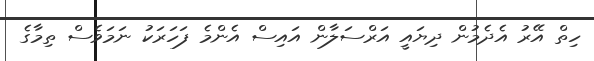
ހިތް އޭރު އެދެމުން ދިޔައީ އަރްސަލާން އައިސް އެންމެ ފަހަރަކު ނަމަވެސް ތިމާގެ